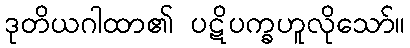
ဒုတိယဂါထာ၏ ပဋိပက္ခဟူလိုသော်။